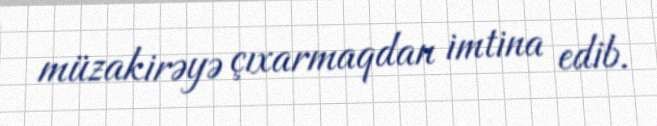
müzakirəyə çıxarmaqdan imtina edib.